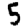
Digit: 5